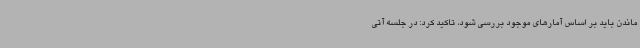
ماندن باید بر اساس آمارهای موجود بررسی شود، تاکید کرد: در جلسه آتی